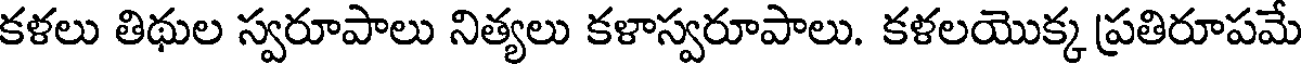
కళలు తిథుల స్వరూపాలు నిత్యలు కళాస్వరూపాలు. కళలయొక్క ప్రతిరూపమే